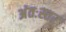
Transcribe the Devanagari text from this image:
अंतःस्तर